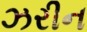
ઝરીન